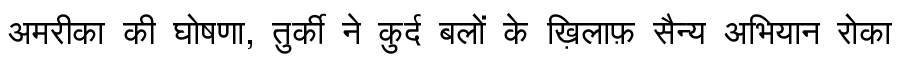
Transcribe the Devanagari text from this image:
अमरीका की घोषणा, तुर्की ने कुर्द बलों के ख़िलाफ़ सैन्य अभियान रोका